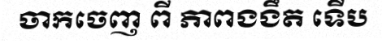
ចាកចេញ ពី ភាពងងឹត ទើប